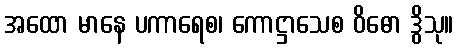
အထော မာနေ ပကာရေစ၊ ကောဋ္ဌာသေစ ဝိဓော ဒွိသု။